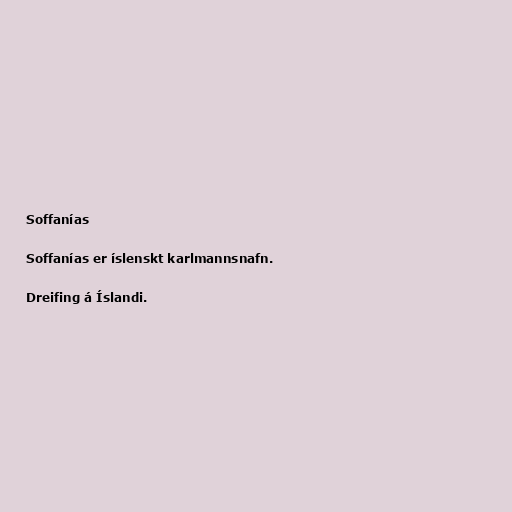
Soffanías

Soffanías er íslenskt karlmannsnafn.

Dreifing á Íslandi.